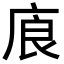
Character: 㢃